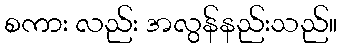
စကား လည်း အလွန်နည်းသည်။